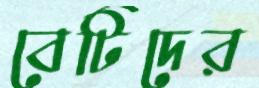
বেটিদের